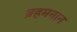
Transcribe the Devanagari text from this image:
ब्रहमनान